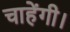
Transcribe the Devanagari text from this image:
चाहेंगी।